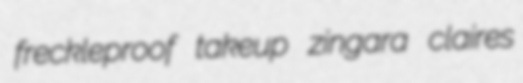
freckleproof takeup zingara claires